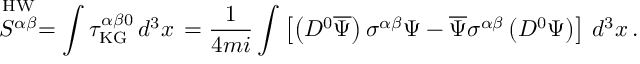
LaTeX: \stackrel { \mathrm { H W } } { S ^ { \alpha \beta } } = \int \tau _ { \mathrm { K G } } ^ { \alpha \beta 0 } \, d ^ { 3 } x \, = \frac { 1 } { 4 m i } \int \left[ \left( D ^ { 0 } \overline { { { \Psi } } } \right) \sigma ^ { \alpha \beta } \Psi - \overline { { { \Psi } } } \sigma ^ { \alpha \beta } \left( D ^ { 0 } \Psi \right) \right] \, d ^ { 3 } x \, .